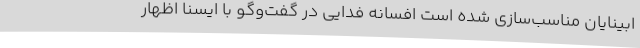
ابینایان مناسب‌سازی شده است افسانه فدایی در گفت‌وگو با ایسنا اظهار